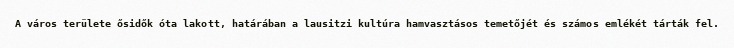
A város területe ősidők óta lakott, határában a lausitzi kultúra hamvasztásos temetőjét és számos emlékét tárták fel.